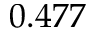
0 . 4 7 7